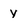
Character: y